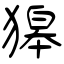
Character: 獆